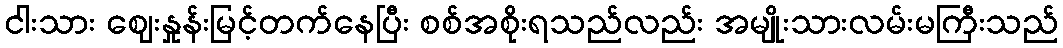
ငါးသား ဈေးနှုန်းမြင့်တက်နေပြီး စစ်အစိုးရသည်လည်း အမျိုးသားလမ်းမကြီးသည်